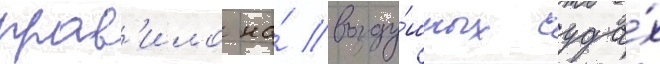
прав'ило на́ возду́шных суда́х